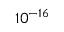
1 0 ^ { - 1 6 }